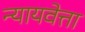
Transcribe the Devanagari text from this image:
न्यायवेत्ता